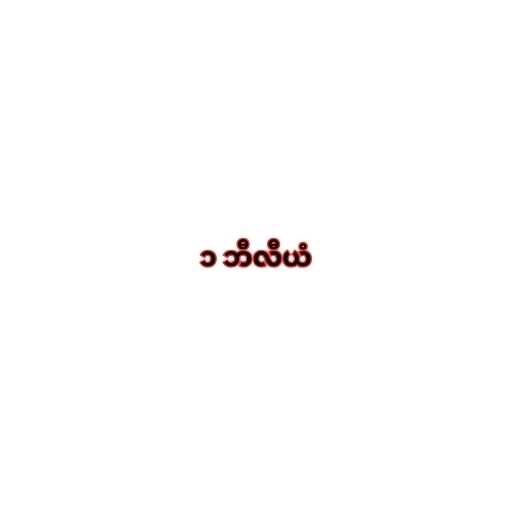
၁ ဘီလီယံ